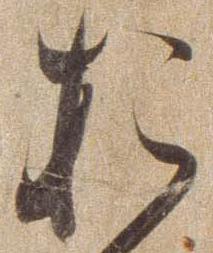
お